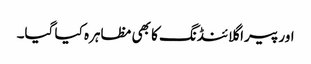
اور پیرا گلائنڈنگ کا بھی مظاہرہ کیا گیا۔